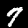
Digit: 7